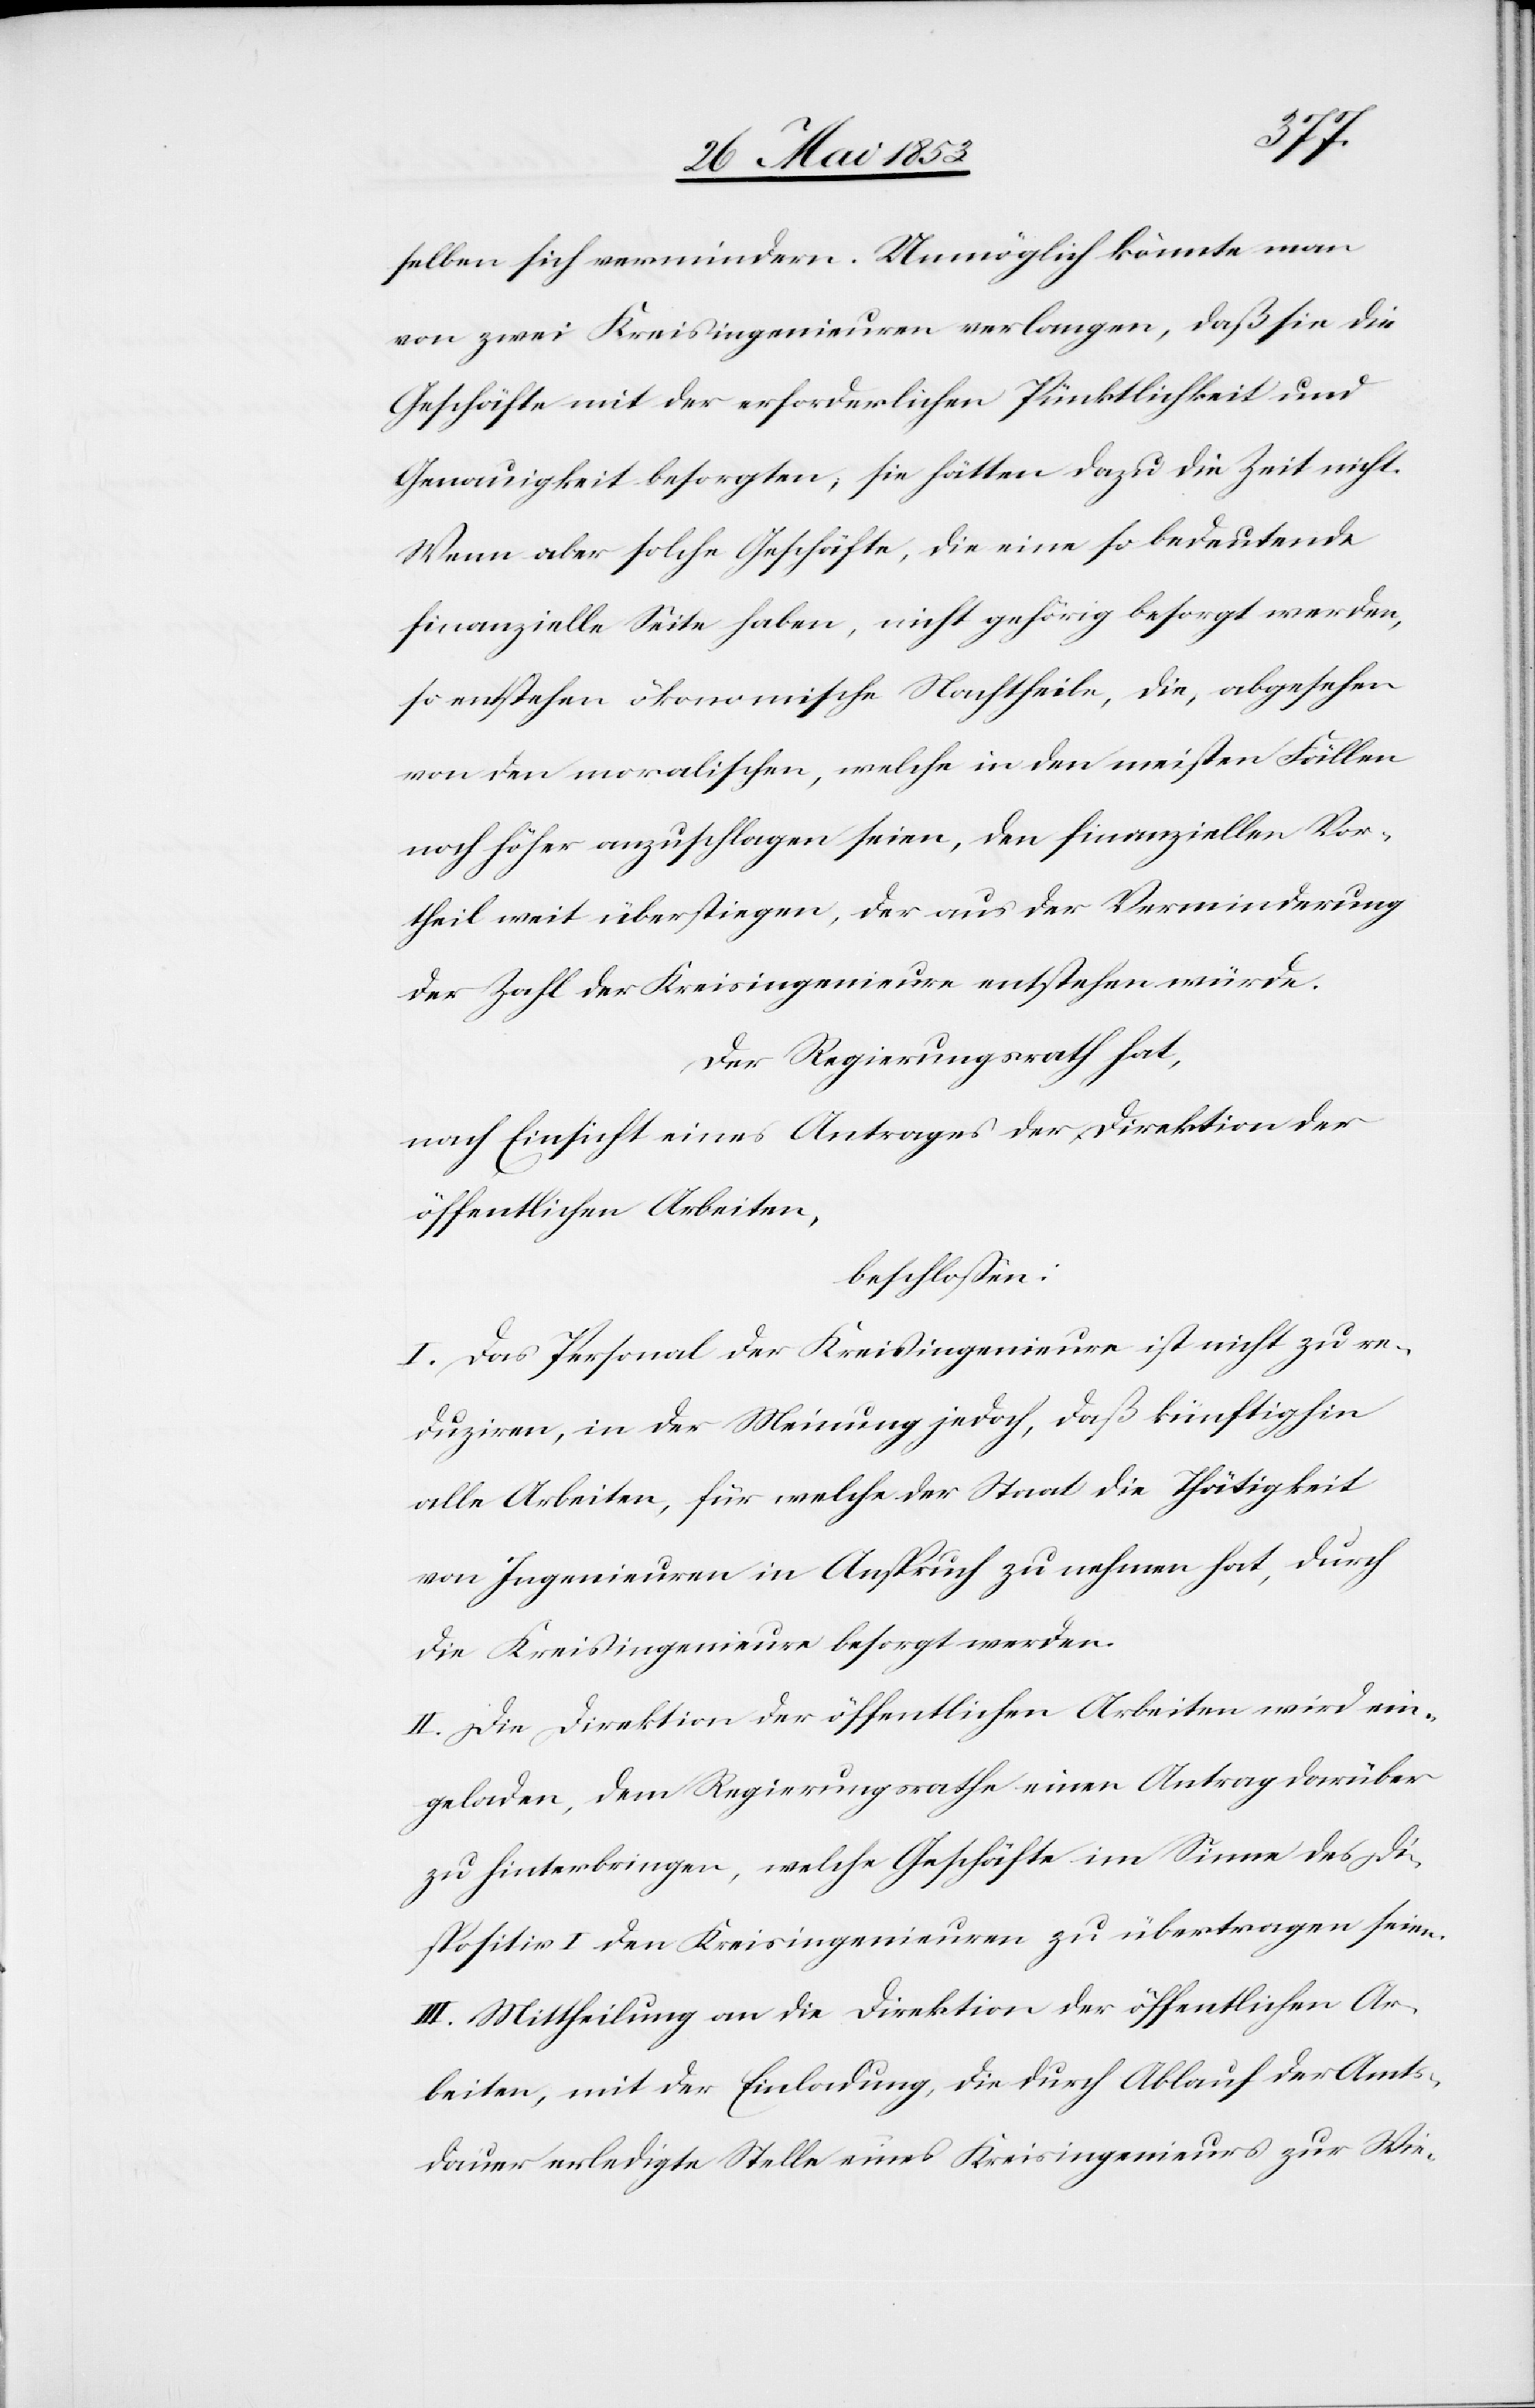
selben sich vermindern. Unmöglich könnte man
von zwei Kreisingenieuren verlangen, daß sie die
Geschäfte mit der erforderlichen Pünktlichkeit und
Genauigkeit besorgten, sie hätten dazu die Zeit nicht.
Wenn aber solche Geschäfte, die eine so bedeutende
finanzielle Seite haben, nicht gehörig besorgt werden,
so entstehen ökonomische Nachtheile, die, abgesehen
von den moralischen, welche in den meisten Fällen
noch höher anzuschlagen seien, den finanziellen Vor¬
theil weit überstiegen, der aus der Verminderung
der Zahl der Kreisingenieure entstehen würde.
Der Regierungsrath hat,
nach Einsicht eines Antrages der Direktion der
öffentlichen Arbeiten,
beschloßen:
I. Das Personal der Kreisingenieure ist nicht zu re¬
duziren, in der Meinung jedoch, daß künftighin
alle Arbeiten, für welche der Staat die Thätigkeit
von Ingenieuren in Anspruch zu nehmen hat, durch
die Kreisingenieure besorgt werden.
II. Die Direktion der öffentlichen Arbeiten wird ein¬
geladen, dem Regierungsrathe einen Antrag darüber
zu hinterbringen, welche Geschäfte im Sinne des Di¬
spositiv I den Kreisingenieuren zu übertragen seien.
III. Mittheilung an die Direktion der öffentlichen Ar¬
beiten, mit der Einladung, die durch Ablauf der Amts¬
dauer erledigte Stelle eines Kreisingenieurs zur Wie-